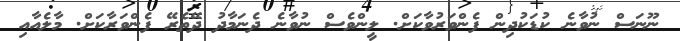
ނޫނަސް ނުވާނެ ކުޑަކުދިން ފެންވަރުވާކަށް. ލީންވެސް ނުވާނެ ދެނަމާދު ދޭތެރޭ ފެންވަރާކަށް. މާލެއާއި